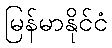
မြန်မာနိုင်ငံ